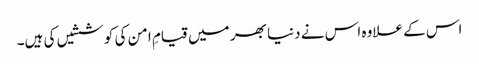
اس کے علاوہ اس نے دنیا بھر میں قیامِ امن کی کوششیں کی ہیں۔